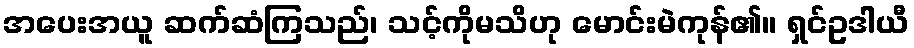
အပေးအယူ ဆက်ဆံကြသည်၊ သင့်ကိုမသိဟု မောင်းမဲကုန်၏။ ရှင်ဥဒါယီ